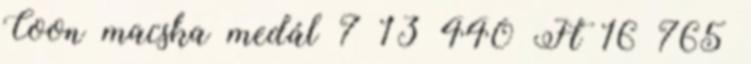
Coon macska medál 7 13 440 Ft 16 765